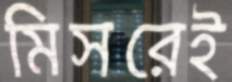
মিসরেই